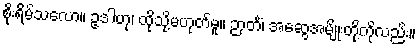
စိုးရိမ်သလော။ ဥဒါဟု၊ ထိုသို့မဟုတ်မူ။ ဉာတိံ၊ အဆွေအမျိုးတို့ကိုလည်း။